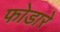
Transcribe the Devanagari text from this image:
फोडारे